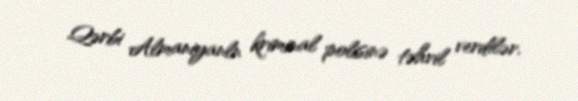
Qərbi Almaniyanln kriminal polisinə təhvil verdilər.